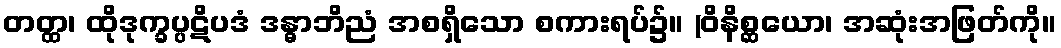
တတ္ထ၊ ထိုဒုက္ခပ္ပဋိပဒံ ဒန္ဓာဘိညံ အစရှိသော စကားရပ်၌။ (ဝိနိစ္ဆယော၊ အဆုံးအဖြတ်ကို။